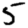
Digit: 5